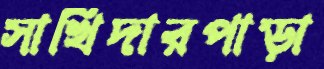
সাখিদারপাড়া